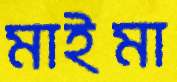
মাইমা